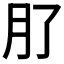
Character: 𭨥